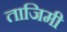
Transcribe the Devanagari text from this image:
ताजिमी